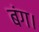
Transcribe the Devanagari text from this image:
बंग।